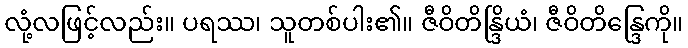
လုံ့လဖြင့်လည်း။ ပရဿ၊ သူတစ်ပါး၏။ ဇီဝိတိန္ဒြိယံ၊ ဇီဝိတိန္ဒြေကို။